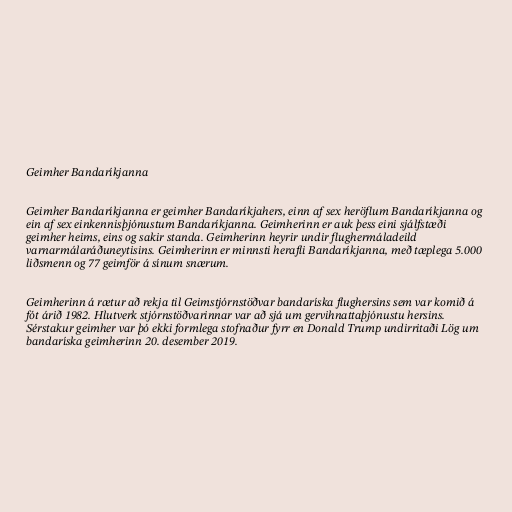
Geimher Bandaríkjanna

Geimher Bandaríkjanna er geimher Bandaríkjahers, einn af sex heröflum Bandaríkjanna og
ein af sex einkennisþjónustum Bandaríkjanna. Geimherinn er auk þess eini sjálfstæði
geimher heims, eins og sakir standa. Geimherinn heyrir undir flughermáladeild
varnarmálaráðuneytisins. Geimherinn er minnsti herafli Bandaríkjanna, með tæplega 5.000
liðsmenn og 77 geimför á sínum snærum.

Geimherinn á rætur að rekja til Geimstjórnstöðvar bandaríska flughersins sem var komið á
fót árið 1982. Hlutverk stjórnstöðvarinnar var að sjá um gervihnattaþjónustu hersins.
Sérstakur geimher var þó ekki formlega stofnaður fyrr en Donald Trump undirritaði Lög um
bandaríska geimherinn 20. desember 2019.